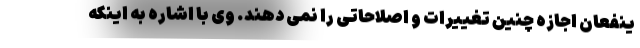
ینفعان اجازه چنین تغییرات و اصلاحاتی را نمی دهند. وی با اشاره به اینکه